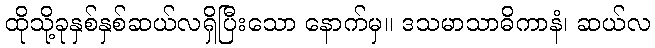
ထိုသို့ခုနှစ်နှစ်ဆယ်လရှိပြီးသော နောက်မှ။ ဒသမာသာဓိကာနံ၊ ဆယ်လ